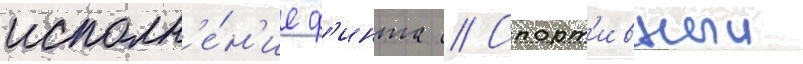
исполн'е́н'ие ф'инта // Спорт'ивныи